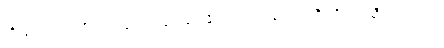
ထိုသူသည်။ အရိယမဂ္ဂါဝရော၊ ချစ်မြတ်နိုးအပ်သော နတ်ရွာခရီးကို ပိတ်ဆီးတတ်သော